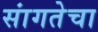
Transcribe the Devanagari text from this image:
सांगतेचा